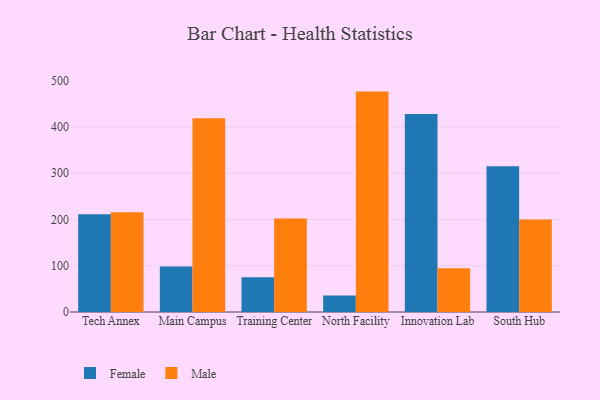
{"axis": {"x": "Campus", "y": "Gross Profit (USD K)"}, "legend": ["Female", "Male"], "data": [{"x": "Tech Annex", "y": 211.1, "type": "Female"}, {"x": "Tech Annex", "y": 215.5, "type": "Male"}, {"x": "Main Campus", "y": 98.1, "type": "Female"}, {"x": "Main Campus", "y": 418.7, "type": "Male"}, {"x": "Training Center", "y": 75.1, "type": "Female"}, {"x": "Training Center", "y": 202.0, "type": "Male"}, {"x": "North Facility", "y": 35.9, "type": "Female"}, {"x": "North Facility", "y": 476.5, "type": "Male"}, {"x": "Innovation Lab", "y": 428.2, "type": "Female"}, {"x": "Innovation Lab", "y": 94.8, "type": "Male"}, {"x": "South Hub", "y": 315.2, "type": "Female"}, {"x": "South Hub", "y": 200.0, "type": "Male"}]}